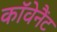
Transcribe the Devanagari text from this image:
काॅवेनैंट